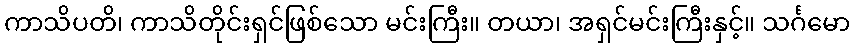
ကာသိပတိ၊ ကာသိတိုင်းရှင်ဖြစ်သော မင်းကြီး။ တယာ၊ အရှင်မင်းကြီးနှင့်။ သင်္ဂမော